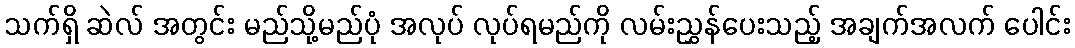
သက်ရှိ ဆဲလ် အတွင်း မည်သို့မည်ပုံ အလုပ် လုပ်ရမည်ကို လမ်းညွှန်ပေးသည့် အချက်အလက် ပေါင်း